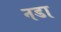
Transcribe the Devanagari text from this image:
नडा